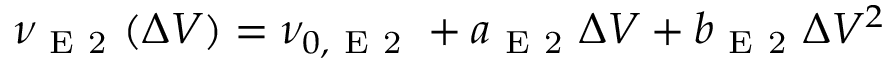
\nu _ { \mathrm { ~ E ~ 2 ~ } } ( \Delta V ) = \nu _ { 0 , \mathrm { ~ E ~ 2 ~ } } + a _ { \mathrm { ~ E ~ 2 ~ } } \Delta V + b _ { \mathrm { ~ E ~ 2 ~ } } \Delta V ^ { 2 }